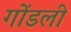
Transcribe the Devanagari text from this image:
गोंडली